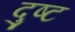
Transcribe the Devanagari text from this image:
दुष्‍ट